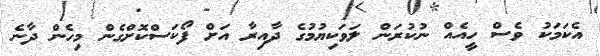
އެކަމަކު ވެސް ހީއެއް ނުކުރަން ލަވަކިޔުމުގެ ދާއިރާ އަށް ފޯކަސްކޮށްގެން މިހެން ދާނެ